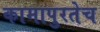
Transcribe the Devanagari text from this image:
कामापुरतेच